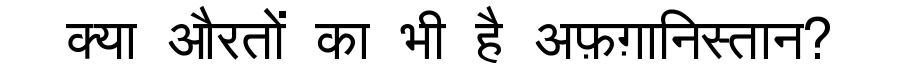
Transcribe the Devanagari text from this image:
क्या औरतों का भी है अफ़ग़ानिस्तान?